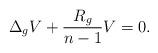
LaTeX: \begin{align*} \Delta_{g} V + \frac{R_g}{n-1}V = 0. \end{align*}